Indian journal of veterinary science and animal husbandry - Volume 8,
Year: 1938
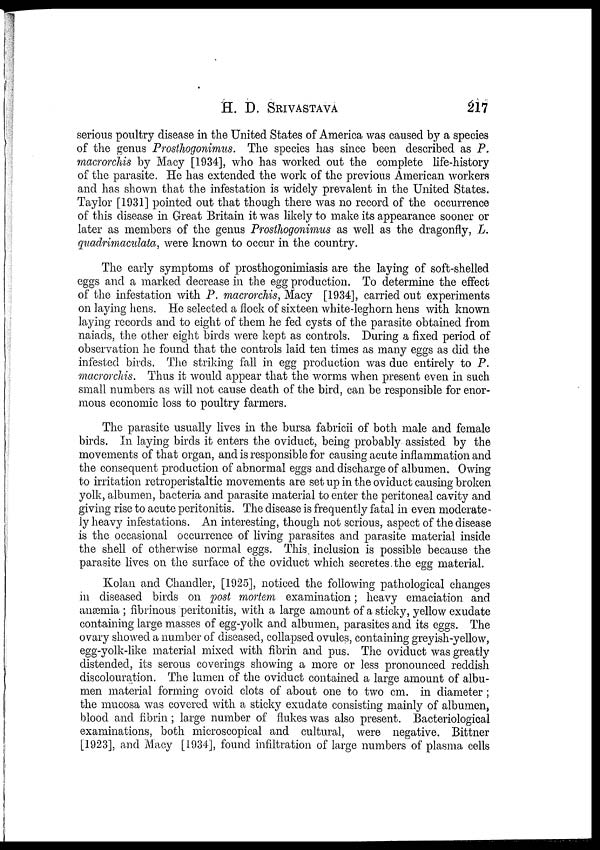
H. D.
SRIVASTAVA
217
serious poultry disease in the United States of America was caused by a species
of the genus Prosthogonimus. The species has since been described as P.
macrorchis by Macy [1934], who has worked out the complete life-history
of the parasite. He has extended the work of the previous American workers
and has shown that the infestation is widely prevalent in the United States.
Taylor [1931] pointed out that though there was no record of the occurrence
of this disease in Great Britain it was likely to make its appearance sooner or
later as members of the genus Prosthogonimus as well as the dragonfly, L.
quadrimaculata, were known to occur in the country.
The early symptoms of prosthogonimiasis are the laying of soft-shelled
eggs and a marked decrease in the egg production. To determine the effect
of the infestation with P. macrorchis, Macy [1934], carried out experiments
on laying hens. He selected a flock of sixteen white-leghorn hens with known
laying records and to eight of them he fed cysts of the parasite obtained from
naiads, the other eight birds were kept as controls. During a fixed period of
observation he found that the controls laid ten times as many eggs as did the
infested birds. The striking fall in egg production was due entirely to P.
macrorchis. Thus it would appear that the worms when present even in such
small numbers as will not cause death of the bird, can be responsible for enor-
mous economic loss to poultry farmers.
The parasite usually lives in the bursa fabricii of both male and female
birds. In laying birds it enters the oviduct, being probably assisted by the
movements of that organ, and is responsible for causing acute inflammation and
the consequent production of abnormal eggs and discharge of albumen. Owing
to irritation retroperistaltic movements are set up in the oviduct causing broken
yolk, albumen, bacteria and parasite material to enter the peritoneal cavity and
giving rise to acute peritonitis. The disease is frequently fatal in even moderate-
ly heavy infestations. An interesting, though not serious, aspect of the disease
is the occasional occurrence of living parasites and parasite material inside
the shell of otherwise normal eggs. This inclusion is possible because the
parasite lives on the surface of the oviduct which secretes the egg material.
Kolan and Chandler, [1925], noticed the following pathological changes
in diseased birds on post mortem examination; heavy emaciation and
anæmia ; fibrinous peritonitis, with a large amount of a sticky, yellow exudate
containing large masses of egg-yolk and albumen, parasites and its eggs. The
ovary showed a number of diseased, collapsed ovules, containing greyish-yellow,
egg-yolk-like material mixed with fibrin and pus. The oviduct was greatly
distended, its serous coverings showing a more or less pronounced reddish
discolouration. The lumen of the oviduct contained a large amount of albu-
men material forming ovoid clots of about one to two cm. in diameter ;
the mucosa was covered with a sticky exudate consisting mainly of albumen,
blood and fibrin; large number of flukes was also present. Bacteriological
examinations, both microscopical and cultural, were negative. Bittner
[1923], and Macy [1934], found infiltration of large numbers of plasma cells